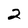
Character: 2